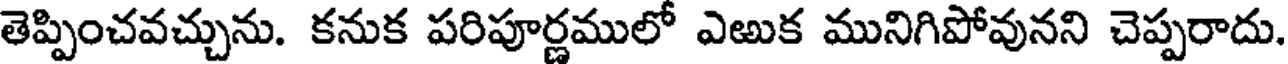
తెప్పించవచ్చును. కనుక పరిపూర్ణములో ఎఱుక మునిగిపోవునని చెప్పరాదు